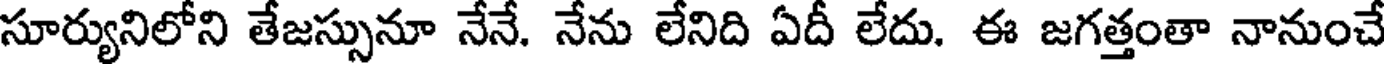
సూర్యునిలోని తేజస్సునూ నేనే. నేను లేనిది ఏదీ లేదు. ఈ జగత్తంతా నానుంచే